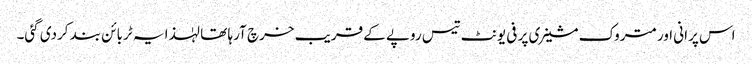
اس پرانی اور متروک مشینری پر فی یونٹ تیس روپے کے قریب خرچ آرہا تھا لہٰذا یہ ٹربائن بند کردی گئی۔